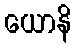
ယောနိ